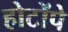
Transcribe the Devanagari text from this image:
होटोंपे